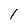
Character: l